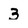
Character: 3